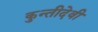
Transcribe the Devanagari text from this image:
कुन्तीदेवी